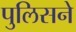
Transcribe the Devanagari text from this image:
पुलिसने